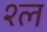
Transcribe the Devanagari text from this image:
श्‍ल